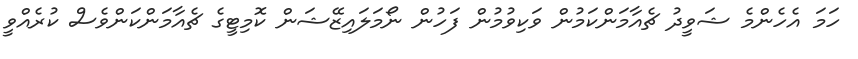
ހަމަ އެހެންމެ ޝަވީދު ޗެއާމަންކަމުން ވަކިވުމުން ފަހުން ނޯމަލައިޒޭޝަން ކޮމިޓީގެ ޗެއާމަންކަންވެސް ކުރެއްވީ